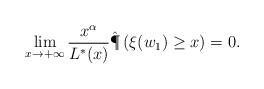
LaTeX: \begin{align*} \lim_{x \to +\infty} \frac{x^\alpha}{L^*(x)}\hat{\P}\left( \xi(w_1) \geq x \right) = 0.\end{align*}